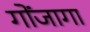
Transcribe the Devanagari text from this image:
गोंजागा